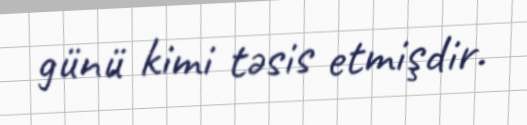
günü kimi təsis etmişdir.